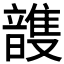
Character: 𮧽